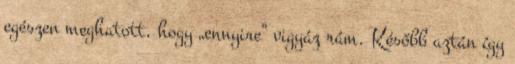
egészen meghatott, hogy „ennyi­­re” vigyáz rám. Később aztán így